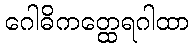
ဂေါဓိကတ္ထေရဂါထာ